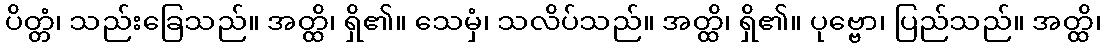
ပိတ္တံ၊ သည်းခြေသည်။ အတ္ထိ၊ ရှိ၏။ သေမှံ၊ သလိပ်သည်။ အတ္ထိ၊ ရှိ၏။ ပုဗ္ဗော၊ ပြည်သည်။ အတ္ထိ၊